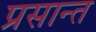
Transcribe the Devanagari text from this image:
प्रसान्त